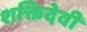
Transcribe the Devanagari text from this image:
शक्तिदेवी